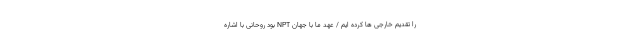
را تقدیم خارجی ها کرده ایم / عهد ما با جهان NPT بود روحانی با اشاره